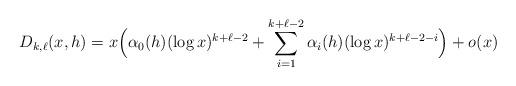
LaTeX: \begin{align*} D_{k,\ell}(x,h) = x\Big( \alpha_0(h) (\log x)^{k+\ell-2} + \sum_{i=1}^{k+\ell-2} \alpha_i(h) (\log x)^{k+\ell-2-i} \Big) + o(x)\end{align*}